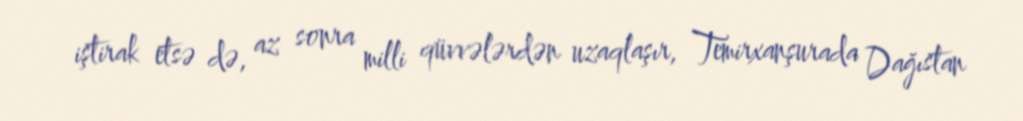
iştirak etsə də, az sonra milli qüvvələrdən uzaqlaşır, Temirxanşurada Dağıstan